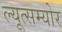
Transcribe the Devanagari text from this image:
ल्यूत्सम्योर